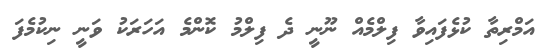
އަމްރިތާ ކުޅެފައިވާ ފިލްމެއް ނޫނީ ދެ ފިލްމު ކޮންމެ އަހަރަކު ވަނީ ނިކުމެފަ